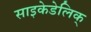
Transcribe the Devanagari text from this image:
साइकेडेलिक्